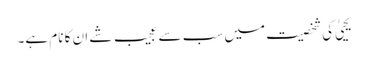
یحییٰ کی شخصیت میں سب سے عجیب شے ان کا نام ہے۔